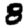
Digit: 8